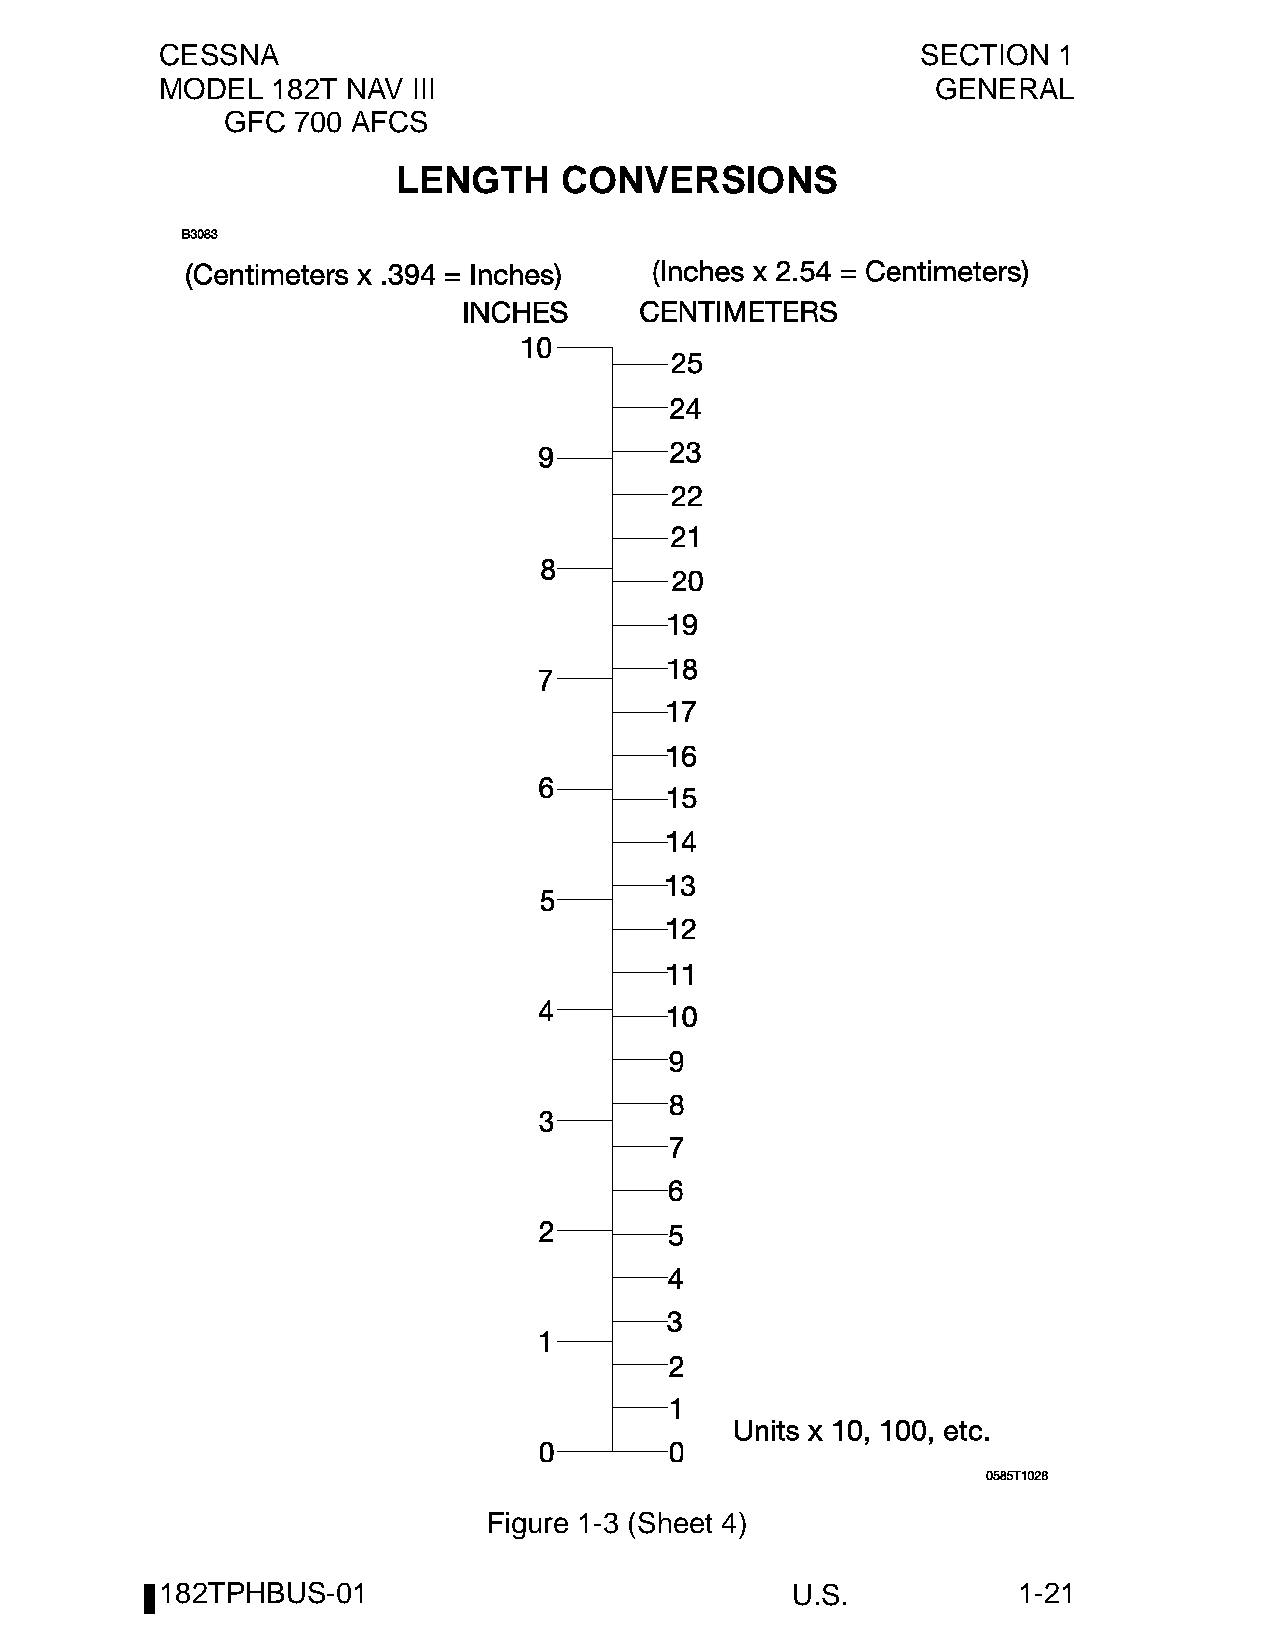
CESSNA                                            SECTION  1
 MODEL  182T NAV III                                GENERAL
 GFC 700 AFCS
 LENGTH     CONVERSIONS
 Figure 1-3 (Sheet 4)
 182TPHBUS-01                             U.S.           1-21